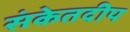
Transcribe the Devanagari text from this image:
संकेतदीप